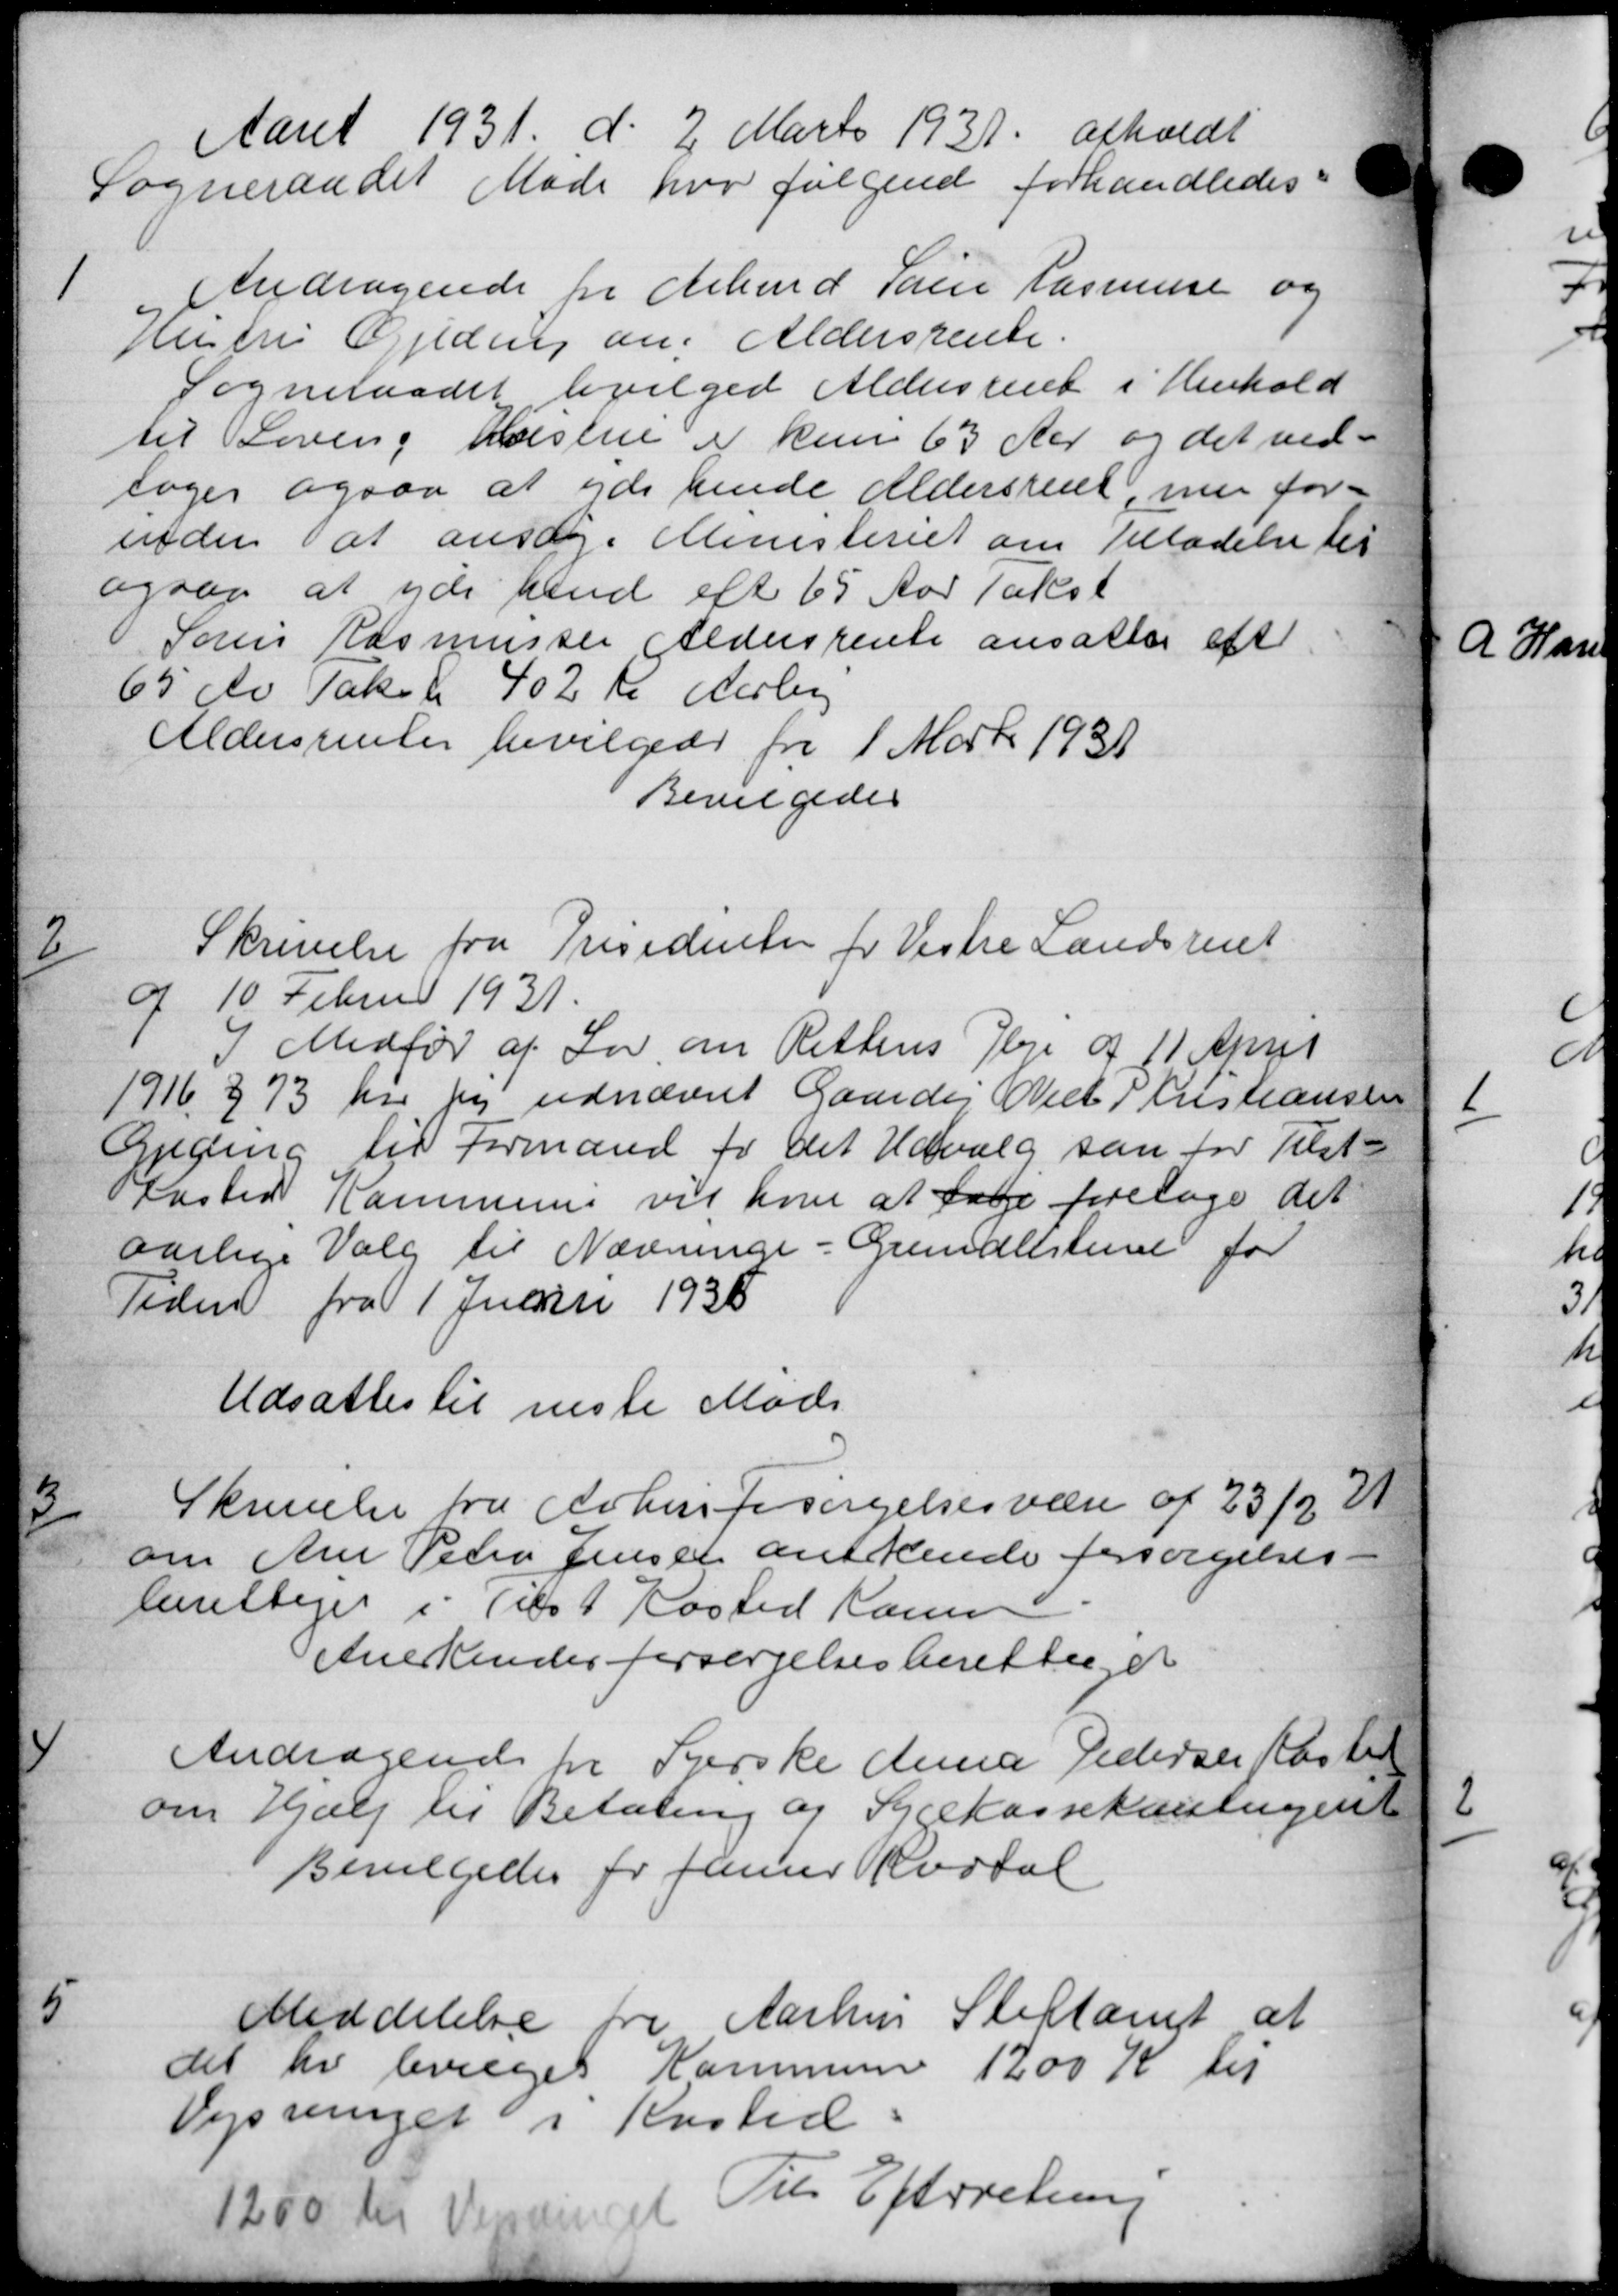
Transskription:
Aaret 1931 d. 2 Marts 1931 afholdt
Sogneraadet Møde hvor følgende forhandledes:
1
Andragende for Arbmd San Rasmussen og
Hustru Gjeding om Aldersrente.
Sogneraadet bevilgede Aldersrent i Henhold
til Lovens Hustru i kun 63 Aar og det ved-
toges ogsaa at yde hende Aldersrent, men for-
inden at ansøge Ministeriet om Tilladelse til
ogsaa at yde hend eft 65 Aar Takst
Søren Rasmussen Aldersrente ansattes eft
65 Av Takst 402 Kr Aarlig
Aldersrenter bevilgede fra 1 Marts 1931
Bevilgedes
2
Skrivelse fra Presidenter for Vestre Landsrent
d 10 Februar 1931.
I Medfør af Lov om Rettens Pleje af 11 April
1916 § 73 har før udnævnt Gaardej Niels Kristiansen
Geding til Formand for det Udvalg som for Tilst-
fasted Kommune vil hver at tage foretage det
aarlige Valg til Nævninge - Grundlisten for
Tiden fra 1 Juni 1935
Udsattes til næste Møde
3
Skrivelse fra Arhusforsørgelsesvære af 23/2 2
om Ane Peter Jensen anerkende forsørgelses-
berettiget i Tilst Kosted Hansen
Anerkendes forsørgelsesberettig et
4
Andragende for Syerske denne Pedersen Kasten
om Hjælp til Betaling af Sygekassekontigent
Bevilledes for Janur Kartal

Meddelelse fra Aarhus Stiftamt at
det her bevæges Kommune 1200 Kr til
Vejsvinger i Kosted.
1200 til Veder et
Til Efterretning